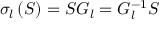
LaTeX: \sigma _ { l } \left( S \right) = S G _ { l } = G _ { l } ^ { - 1 } S